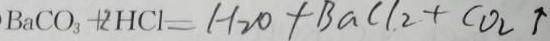
B a C O _ { 3 } + 2 H C l = H _ { 2 } O + B a C l _ { 2 } + C O _ { 2 } \uparrow